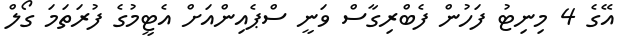
އޭގެ 4 މިނިޓު ފަހުން ފެބްރިގާސް ވަނީ ސްޕެއިންއަށް އެޓީމުގެ ފުރަތަމަ ގޯލް